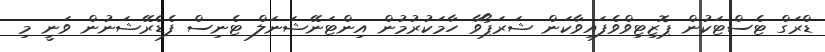
ޑްރަގް ޓެސްޓަކުން ޕޮޒިޓިވްވެފައިވާކަން ޝަރަޕޯވާ ހާމަކުރުމުން އިންޓަނޭޝަނަލް ޓެނިސް ފެޑެރޭޝަނުން ވަނީ މި